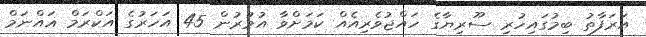
އަރަފާތު ބިމުގައިހުރި ސޫރިޔާގެ ހައްޖުވެރިއެއް ކަމަށްވާ އުމުރުން 45 އަހަރުގެ އަކްރަމް ޣައްނަމް